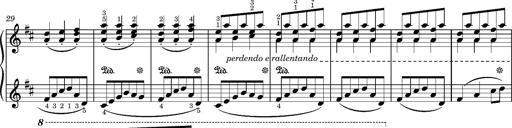
Title: LÃ¤ndler in D major
Composer: Franz Liszt
Key: D major